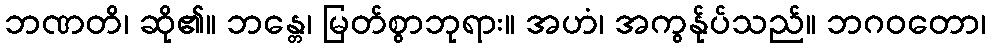
ဘဏတိ၊ ဆို၏။ ဘန္တေ၊ မြတ်စွာဘုရား။ အဟံ၊ အကွန်ုပ်သည်။ ဘဂဝတော၊